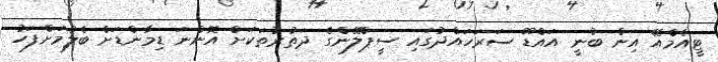
ޓީއެމްއޭ އިން ބުނީ އައްޑޫ ސަރަހައްދުގައި ސީޕްލޭންގެ ދަތުރުތަކަށް އޮންނަ ޑިމާންޑަށް ބެލުމަށްފަހު